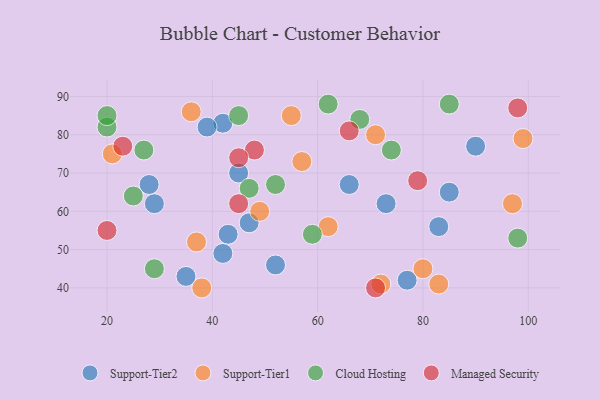
{"axis": {"x": "GDP", "y": "Life Expectancy"}, "legend": ["Cloud Hosting", "Managed Security", "Support-Tier1", "Support-Tier2"], "data": [{"x": "42", "y": 83, "type": "Support-Tier2"}, {"x": "39", "y": 82, "type": "Support-Tier2"}, {"x": "35", "y": 43, "type": "Support-Tier2"}, {"x": "29", "y": 62, "type": "Support-Tier2"}, {"x": "28", "y": 67, "type": "Support-Tier2"}, {"x": "47", "y": 57, "type": "Support-Tier2"}, {"x": "90", "y": 77, "type": "Support-Tier2"}, {"x": "73", "y": 62, "type": "Support-Tier2"}, {"x": "77", "y": 42, "type": "Support-Tier2"}, {"x": "43", "y": 54, "type": "Support-Tier2"}, {"x": "83", "y": 56, "type": "Support-Tier2"}, {"x": "85", "y": 65, "type": "Support-Tier2"}, {"x": "42", "y": 49, "type": "Support-Tier2"}, {"x": "45", "y": 70, "type": "Support-Tier2"}, {"x": "52", "y": 46, "type": "Support-Tier2"}, {"x": "66", "y": 67, "type": "Support-Tier2"}, {"x": "97", "y": 62, "type": "Support-Tier1"}, {"x": "71", "y": 80, "type": "Support-Tier1"}, {"x": "37", "y": 52, "type": "Support-Tier1"}, {"x": "83", "y": 41, "type": "Support-Tier1"}, {"x": "80", "y": 45, "type": "Support-Tier1"}, {"x": "72", "y": 41, "type": "Support-Tier1"}, {"x": "38", "y": 40, "type": "Support-Tier1"}, {"x": "57", "y": 73, "type": "Support-Tier1"}, {"x": "55", "y": 85, "type": "Support-Tier1"}, {"x": "49", "y": 60, "type": "Support-Tier1"}, {"x": "99", "y": 79, "type": "Support-Tier1"}, {"x": "62", "y": 56, "type": "Support-Tier1"}, {"x": "36", "y": 86, "type": "Support-Tier1"}, {"x": "21", "y": 75, "type": "Support-Tier1"}, {"x": "45", "y": 85, "type": "Cloud Hosting"}, {"x": "29", "y": 45, "type": "Cloud Hosting"}, {"x": "62", "y": 88, "type": "Cloud Hosting"}, {"x": "27", "y": 76, "type": "Cloud Hosting"}, {"x": "20", "y": 82, "type": "Cloud Hosting"}, {"x": "25", "y": 64, "type": "Cloud Hosting"}, {"x": "68", "y": 84, "type": "Cloud Hosting"}, {"x": "52", "y": 67, "type": "Cloud Hosting"}, {"x": "47", "y": 66, "type": "Cloud Hosting"}, {"x": "20", "y": 85, "type": "Cloud Hosting"}, {"x": "74", "y": 76, "type": "Cloud Hosting"}, {"x": "98", "y": 53, "type": "Cloud Hosting"}, {"x": "85", "y": 88, "type": "Cloud Hosting"}, {"x": "59", "y": 54, "type": "Cloud Hosting"}, {"x": "48", "y": 76, "type": "Managed Security"}, {"x": "45", "y": 62, "type": "Managed Security"}, {"x": "20", "y": 55, "type": "Managed Security"}, {"x": "45", "y": 74, "type": "Managed Security"}, {"x": "98", "y": 87, "type": "Managed Security"}, {"x": "66", "y": 81, "type": "Managed Security"}, {"x": "71", "y": 40, "type": "Managed Security"}, {"x": "23", "y": 77, "type": "Managed Security"}, {"x": "79", "y": 68, "type": "Managed Security"}]}